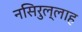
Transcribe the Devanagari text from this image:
नसिरुल्लाह